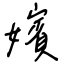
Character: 嬪